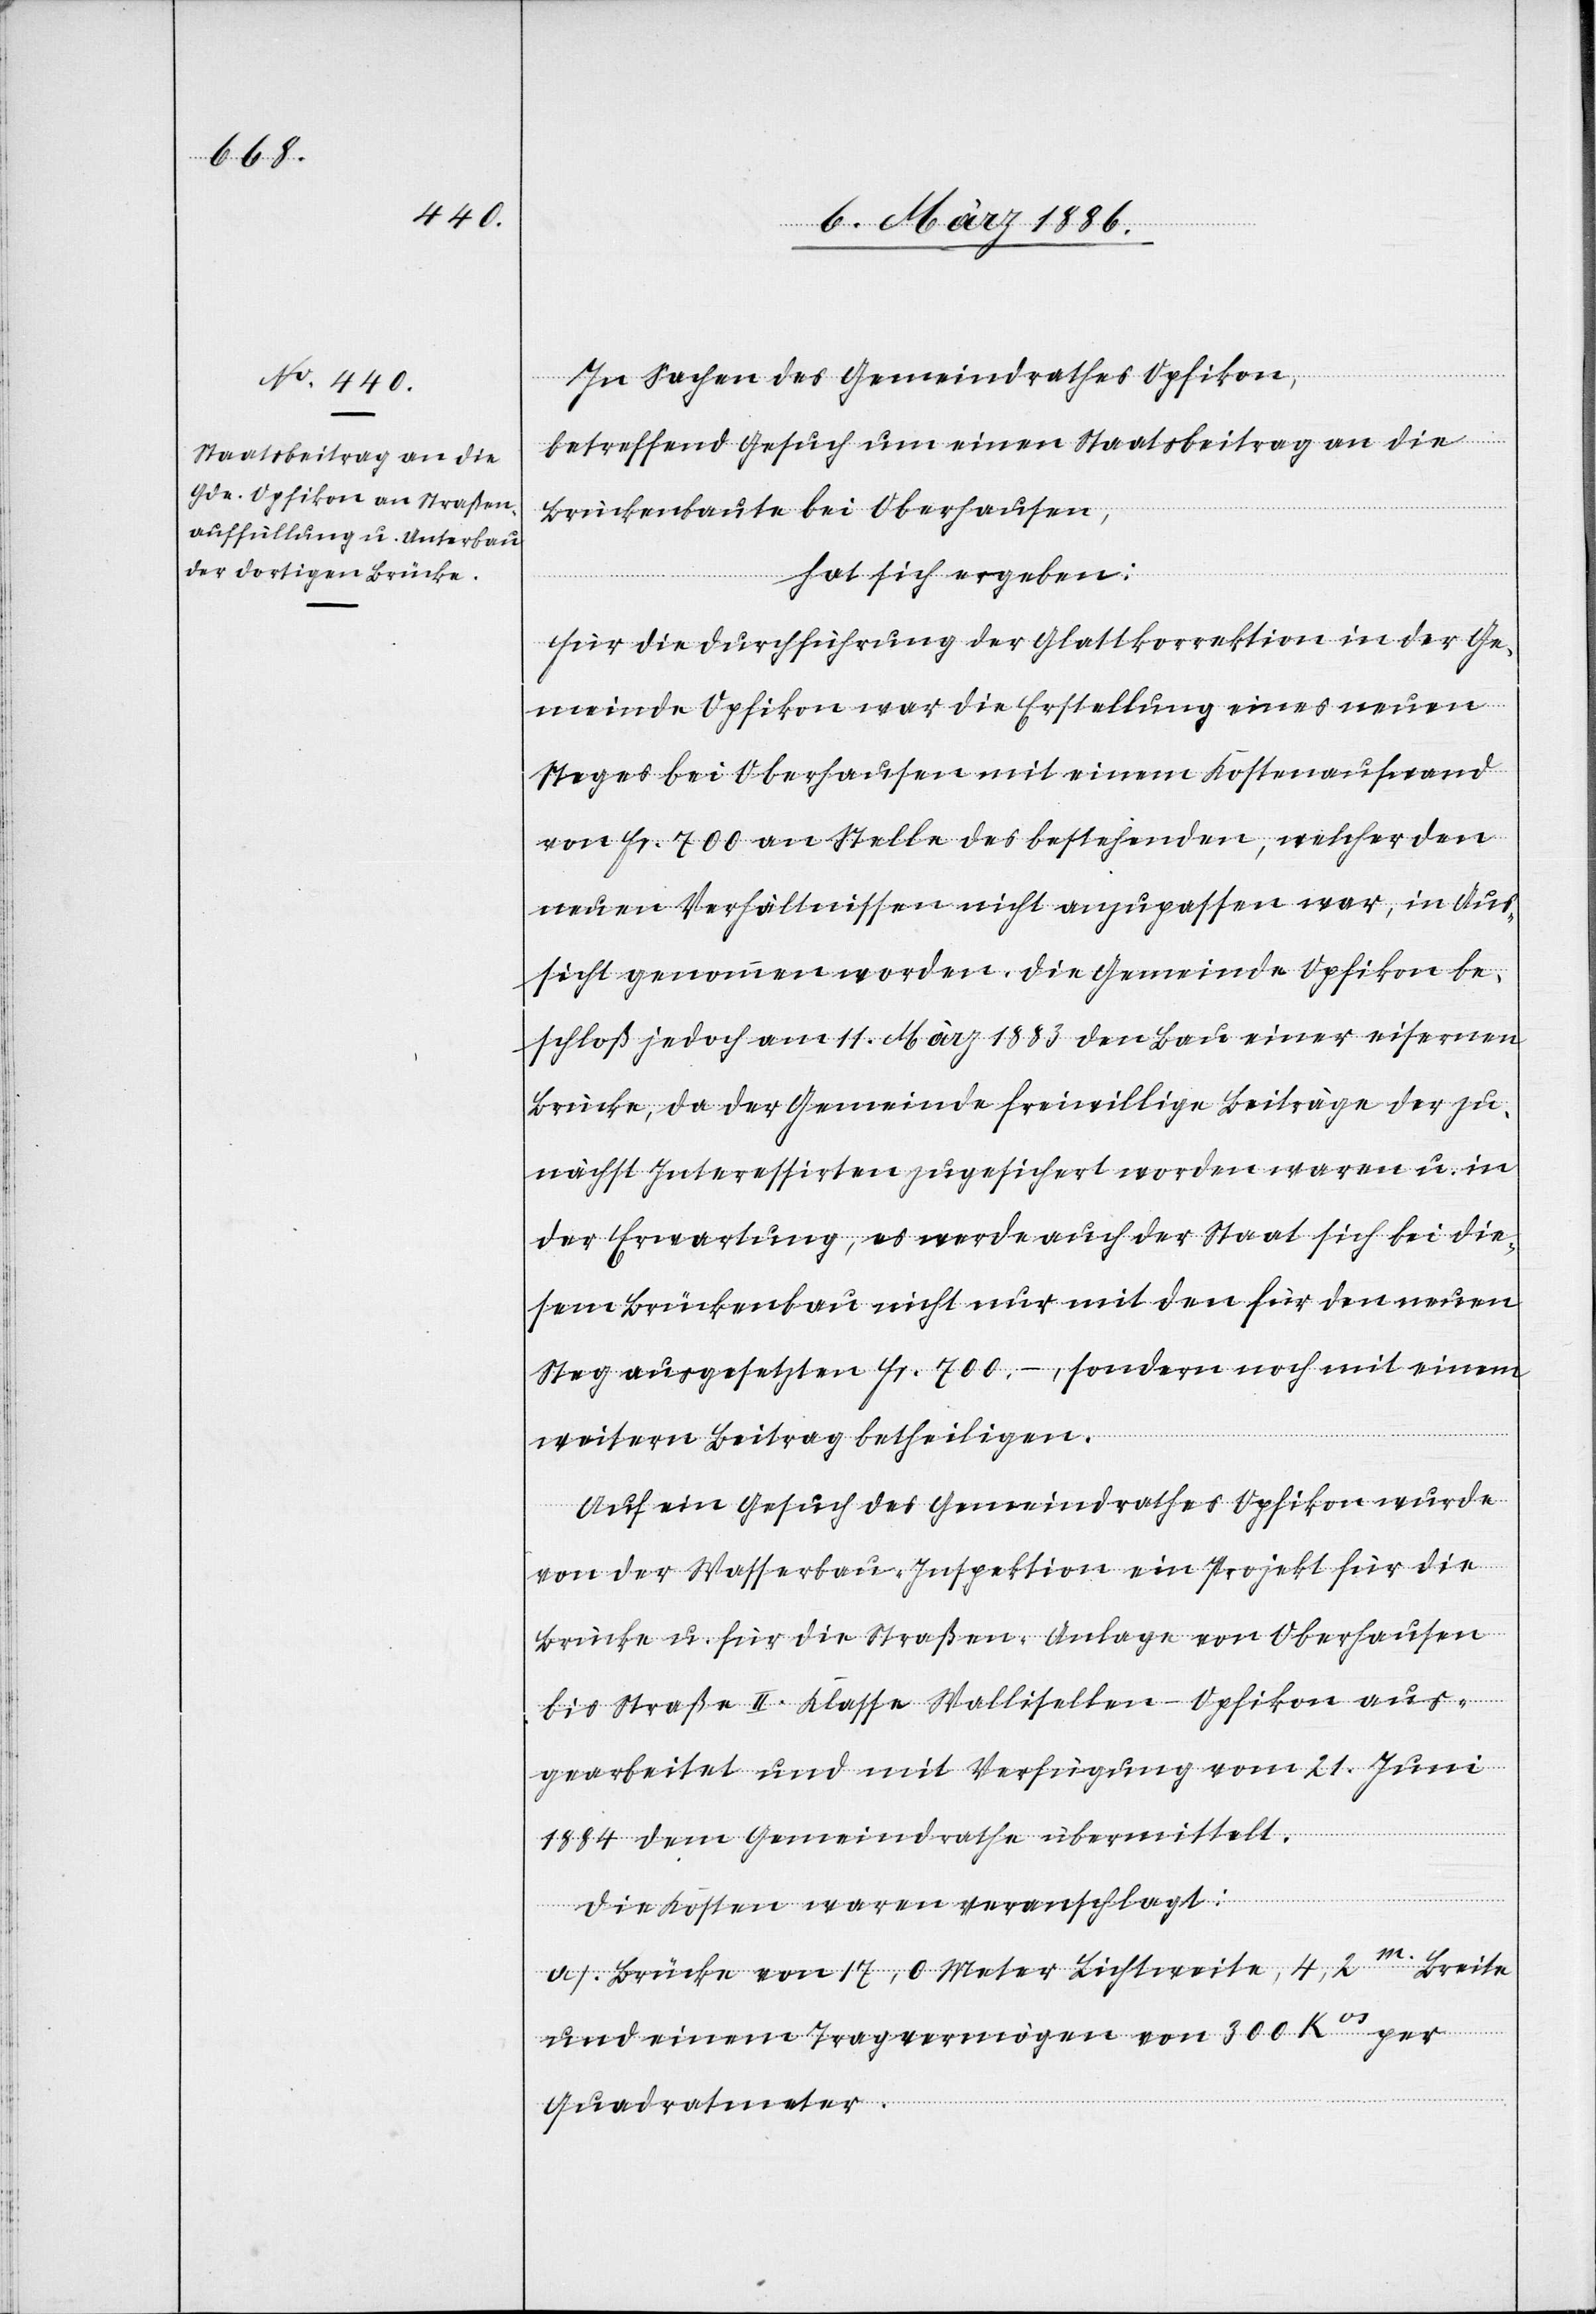
In Sachen des Gemeindrathes Opfikon,
betreffend Gesuch um einen Staatsbeitrag an die
Brückenbaute bei Oberhausen,
hat sich ergeben:
Für die Durchführung der Glattkorrektion in der Ge¬
meinde Opfikon war die Erstellung eines neuen
Steges bei Oberhausen mit einem Kostenaufwand
von Fr. 700 an Stelle des bestehenden, welcher den
neuen Verhältnissen nicht anzupassen war, in Aus¬
sicht genommen worden. Die Gemeinde Opfikon be¬
schloß jedoch am 11. März 1883 den Bau einer eisernen
Brücke, da der Gemeinde freiwillige Beiträge der zu¬
nächst Interessirten zugesichert worden waren u. in
der Erwartung, es werde auch der Staat sich bei die¬
sem Brückenbau nicht nur mit den für den neuen
Steg ausgesetzten Fr. 700.–, sondern noch mit einem
weitern Beitrag betheiligen.
Auf ein Gesuch des Gemeindrathes Opfikon wurde
von der Wasserbau-Inspektion ein Projekt für die
Brücke u. für die Straßen-Anlage von Oberhausen
bis Straße II. Klasse Wallisellen–Opfikon aus¬
gearbeitet und mit Verfügung vom 21. Juni
1884 dem Gemeindrathe übermittelt.
Die Kosten waren veranschlagt:
a). Brücke vom 17,0 Meter Lichtweite, 4,2m. Breite
und einem Tragevermögen von 300 Kos per
Quadratmeter.